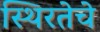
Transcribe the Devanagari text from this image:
स्थिरतेचे